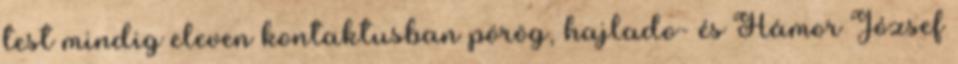
test mindig eleven kontaktusban pörög, hajlado- és Hámor József